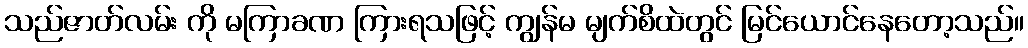
သည်ဇာတ်လမ်း ကို မကြာခဏ ကြားရသဖြင့် ကျွန်မ မျက်စိထဲတွင် မြင်ယောင်နေတော့သည်။